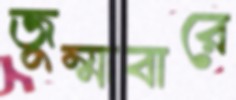
জুম্মাবারে